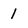
Character: 1